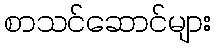
စာသင်ဆောင်များ